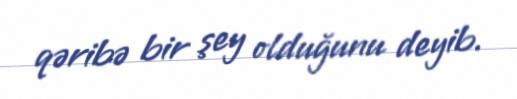
qəribə bir şey olduğunu deyib.